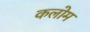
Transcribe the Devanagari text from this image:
कलोम